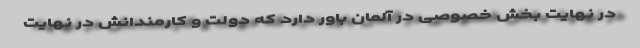
در نهایت بخش خصوصی در آلمان باور دارد که دولت و کارمندانش در نهایت